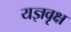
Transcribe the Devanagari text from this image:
यज्ञवृक्ष